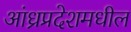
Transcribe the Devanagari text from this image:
आंध्रप्रदेशमधील